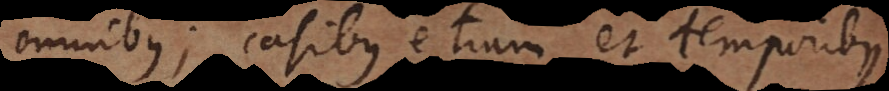
omnibus; casibus etiam et temporibus